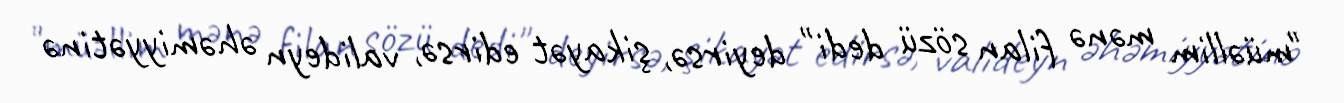
"müəllim mənə filan sözü dedi" deyirsə, şikayət edirsə, valideyn əhəmiyyətinə